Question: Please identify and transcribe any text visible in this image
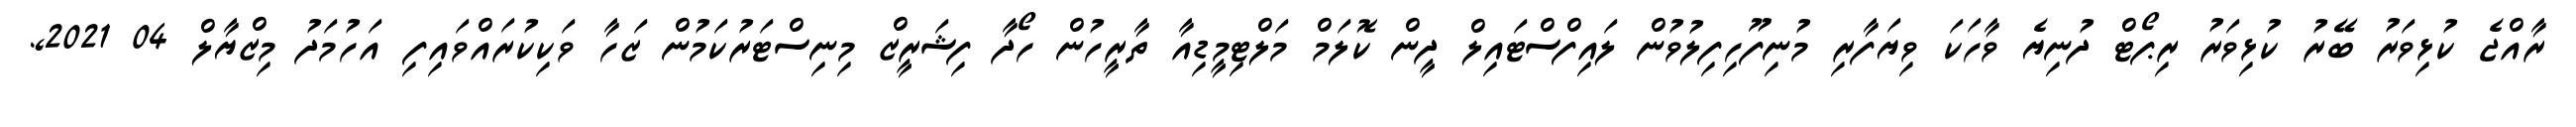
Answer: ރާއްޖެ ކުޅިވަރު ބޭރު ކުޅިވަރު ރިޕޯޓް ދުނިޔެ ވާހަކަ ވިޔަފާރި މުނިފޫހިފިލުވުން ލައިފްސްޓައިލް ދީން ކޮލަމް މަލްޓިމީޑިއާ ތާރީހުން ހޯދާ ފިޝަރީޒް މިނިސްޓަރުކަމުން ޒަހާ ވަކިކުރައްވައިފި އަހުމަދު މިޒްޔާލް 04 2021,.